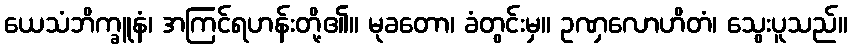
ယေသံဘိက္ခူနံ၊ အကြင်ရဟန်းတို့၏။ မုခတော၊ ခံတွင်းမှ။ ဥဏှလောဟိတံ၊ သွေးပူသည်။